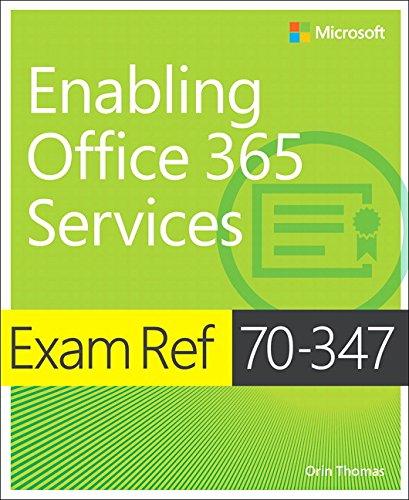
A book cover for Exam Ref 70-347 Enabling Office 365 Services; Orin Thomas; Computers & Technology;